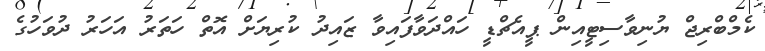
ކެމްބްރިޖް ޔުނިވާސިޓީއިން ޕީއެޗްޑީ ހައްދަވާފައިވާ ޒައިދު ކުރިޔަށް އޮތް ހަތަރު އަހަރު ދުވަހުގެ